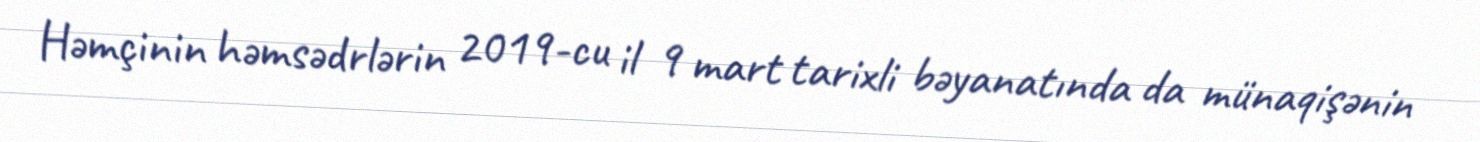
Həmçinin həmsədrlərin 2019-cu il 9 mart tarixli bəyanatında da münaqişənin